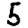
Digit: 5